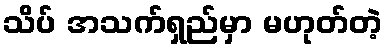
သိပ် အသက်ရှည်မှာ မဟုတ်တဲ့